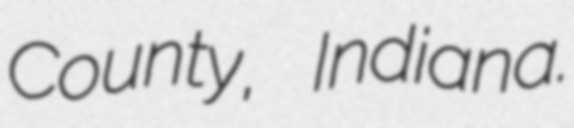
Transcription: County, Indiana.